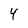
Character: 4